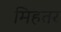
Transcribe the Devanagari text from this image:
मिहतर